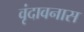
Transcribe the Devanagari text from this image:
वृंदावनास